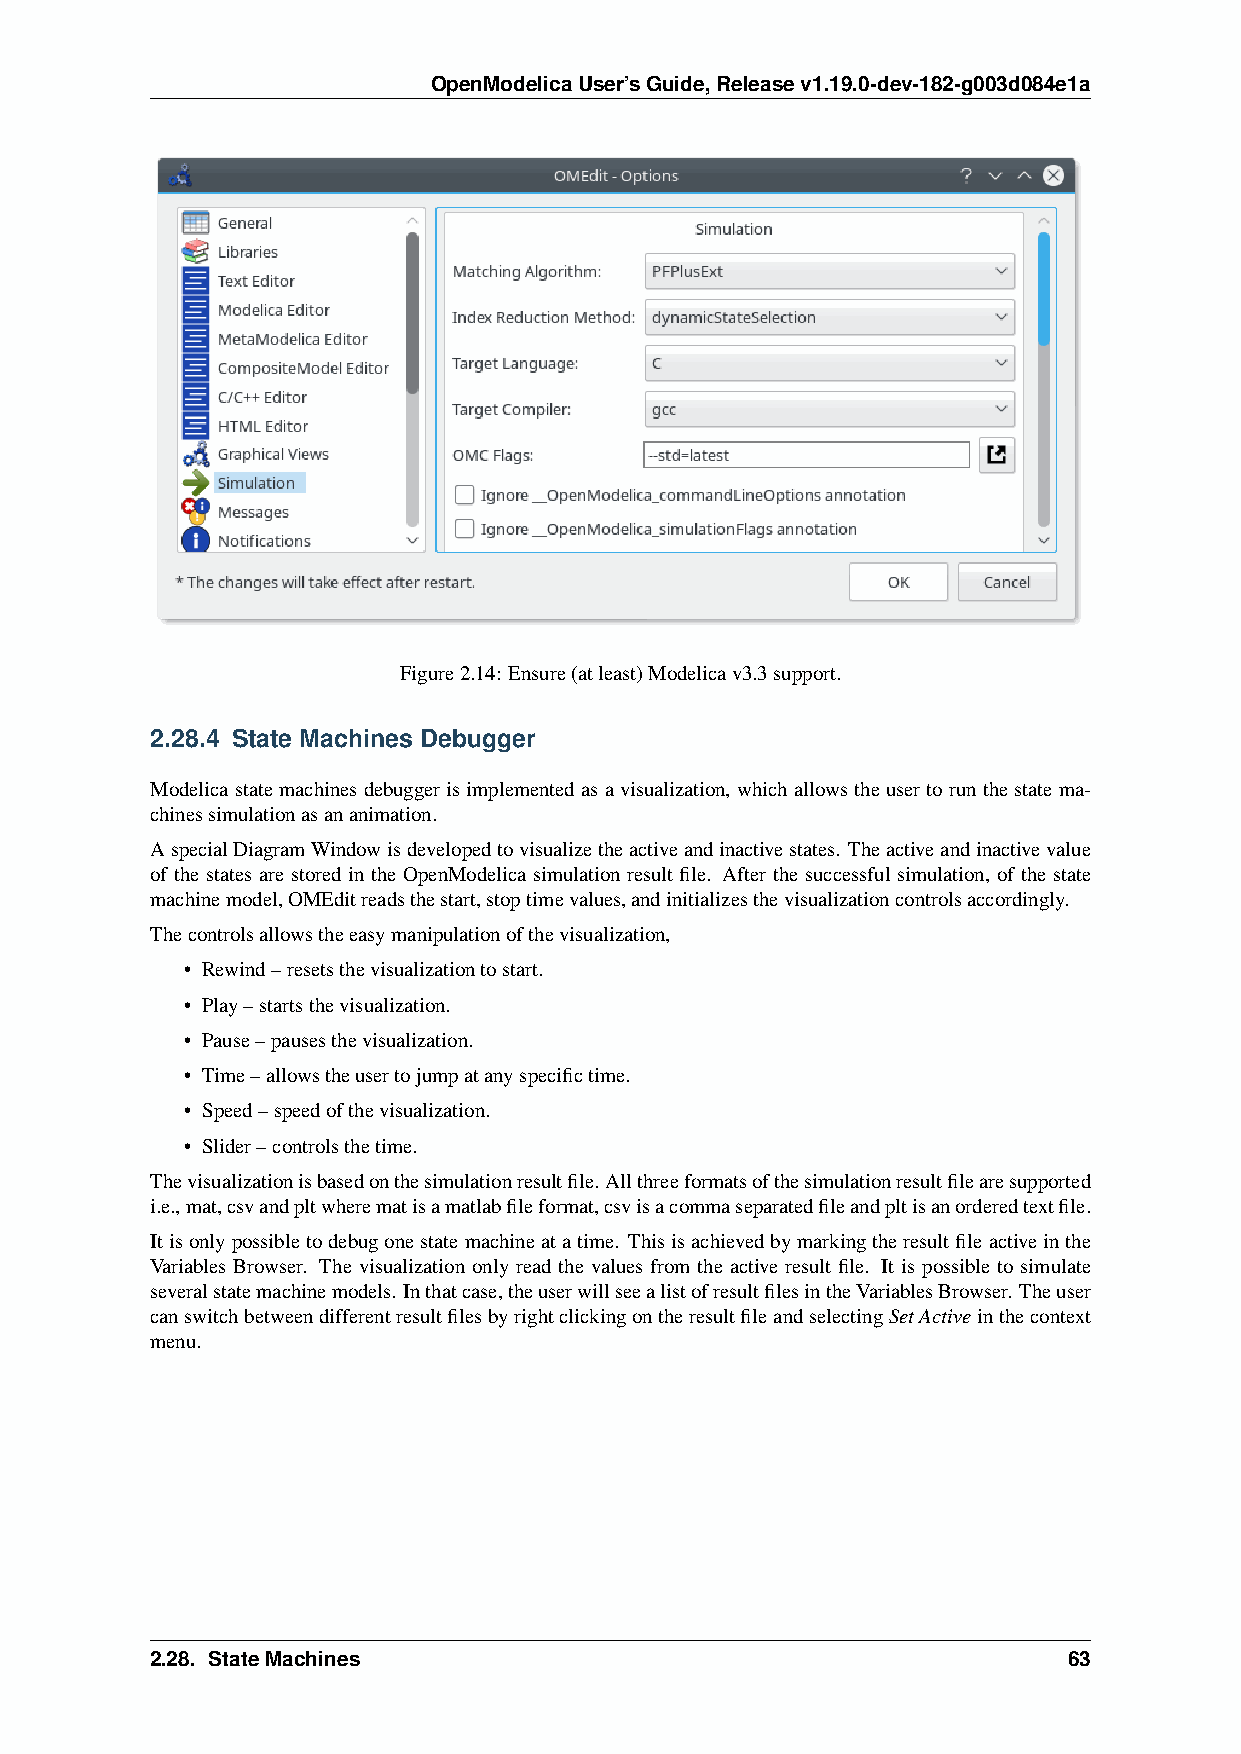
OpenModelicaUser’sGuide,Releasev1.19.0-dev-182-g003d084e1a
 Figure2.14: Ensure(atleast)Modelicav3.3support.
 2.28.4 State Machines Debugger
 Modelicastatemachinesdebuggerisimplementedasavisualization, whichallowstheusertorunthestatema-
 chinessimulationasananimation.
 AspecialDiagramWindowisdevelopedtovisualizetheactiveandinactivestates. Theactiveandinactivevalue
 of the states are stored in the OpenModelica simulation result file. After the successful simulation, of the state
 machinemodel,OMEditreadsthestart,stoptimevalues,andinitializesthevisualizationcontrolsaccordingly.
 Thecontrolsallowstheeasymanipulationofthevisualization,
 • Rewind–resetsthevisualizationtostart.
 • Play–startsthevisualization.
 • Pause–pausesthevisualization.
 • Time–allowstheusertojumpatanyspecifictime.
 • Speed–speedofthevisualization.
 • Slider–controlsthetime.
 Thevisualizationisbasedonthesimulationresultfile. Allthreeformatsofthesimulationresultfilearesupported
 i.e.,mat,csvandpltwherematisamatlabfileformat,csvisacommaseparatedfileandpltisanorderedtextfile.
 Itisonlypossibletodebugonestatemachineatatime. Thisisachievedbymarkingtheresultfileactiveinthe
 Variables Browser. The visualization only read the values from the active result file. It is possible to simulate
 severalstatemachinemodels. Inthatcase,theuserwillseealistofresultfilesintheVariablesBrowser. Theuser
 canswitchbetweendifferentresultfilesbyrightclickingontheresultfileandselectingSetActiveinthecontext
 menu.
 2.28. StateMachines                                          63